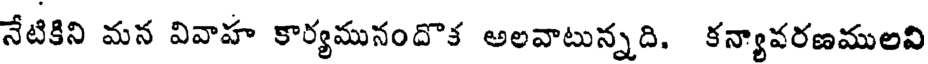
నేటికిని మన వివాహ కార్యమునందొక అలవాటున్నది. కన్యావరణములవి